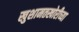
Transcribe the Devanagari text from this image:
खुशामतखोरीच्या